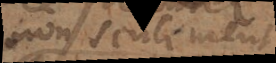
non seulement